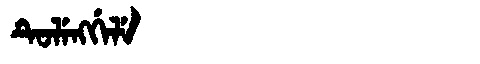
Manchu: ᡨᡠᠯᡝᠩᡤᡝᠯᡝ
Romanization: TULENGGELE